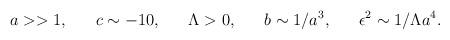
LaTeX: \begin{align*}a >> 1, ~~~~~ c \sim - 10, ~~~~~ \Lambda > 0, ~~~~~ b \sim 1/a^3,~~~~~ \epsilon^2 \sim 1/\Lambda a^4.\end{align*}